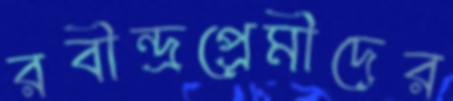
রবীন্দ্রপ্রেমীদের